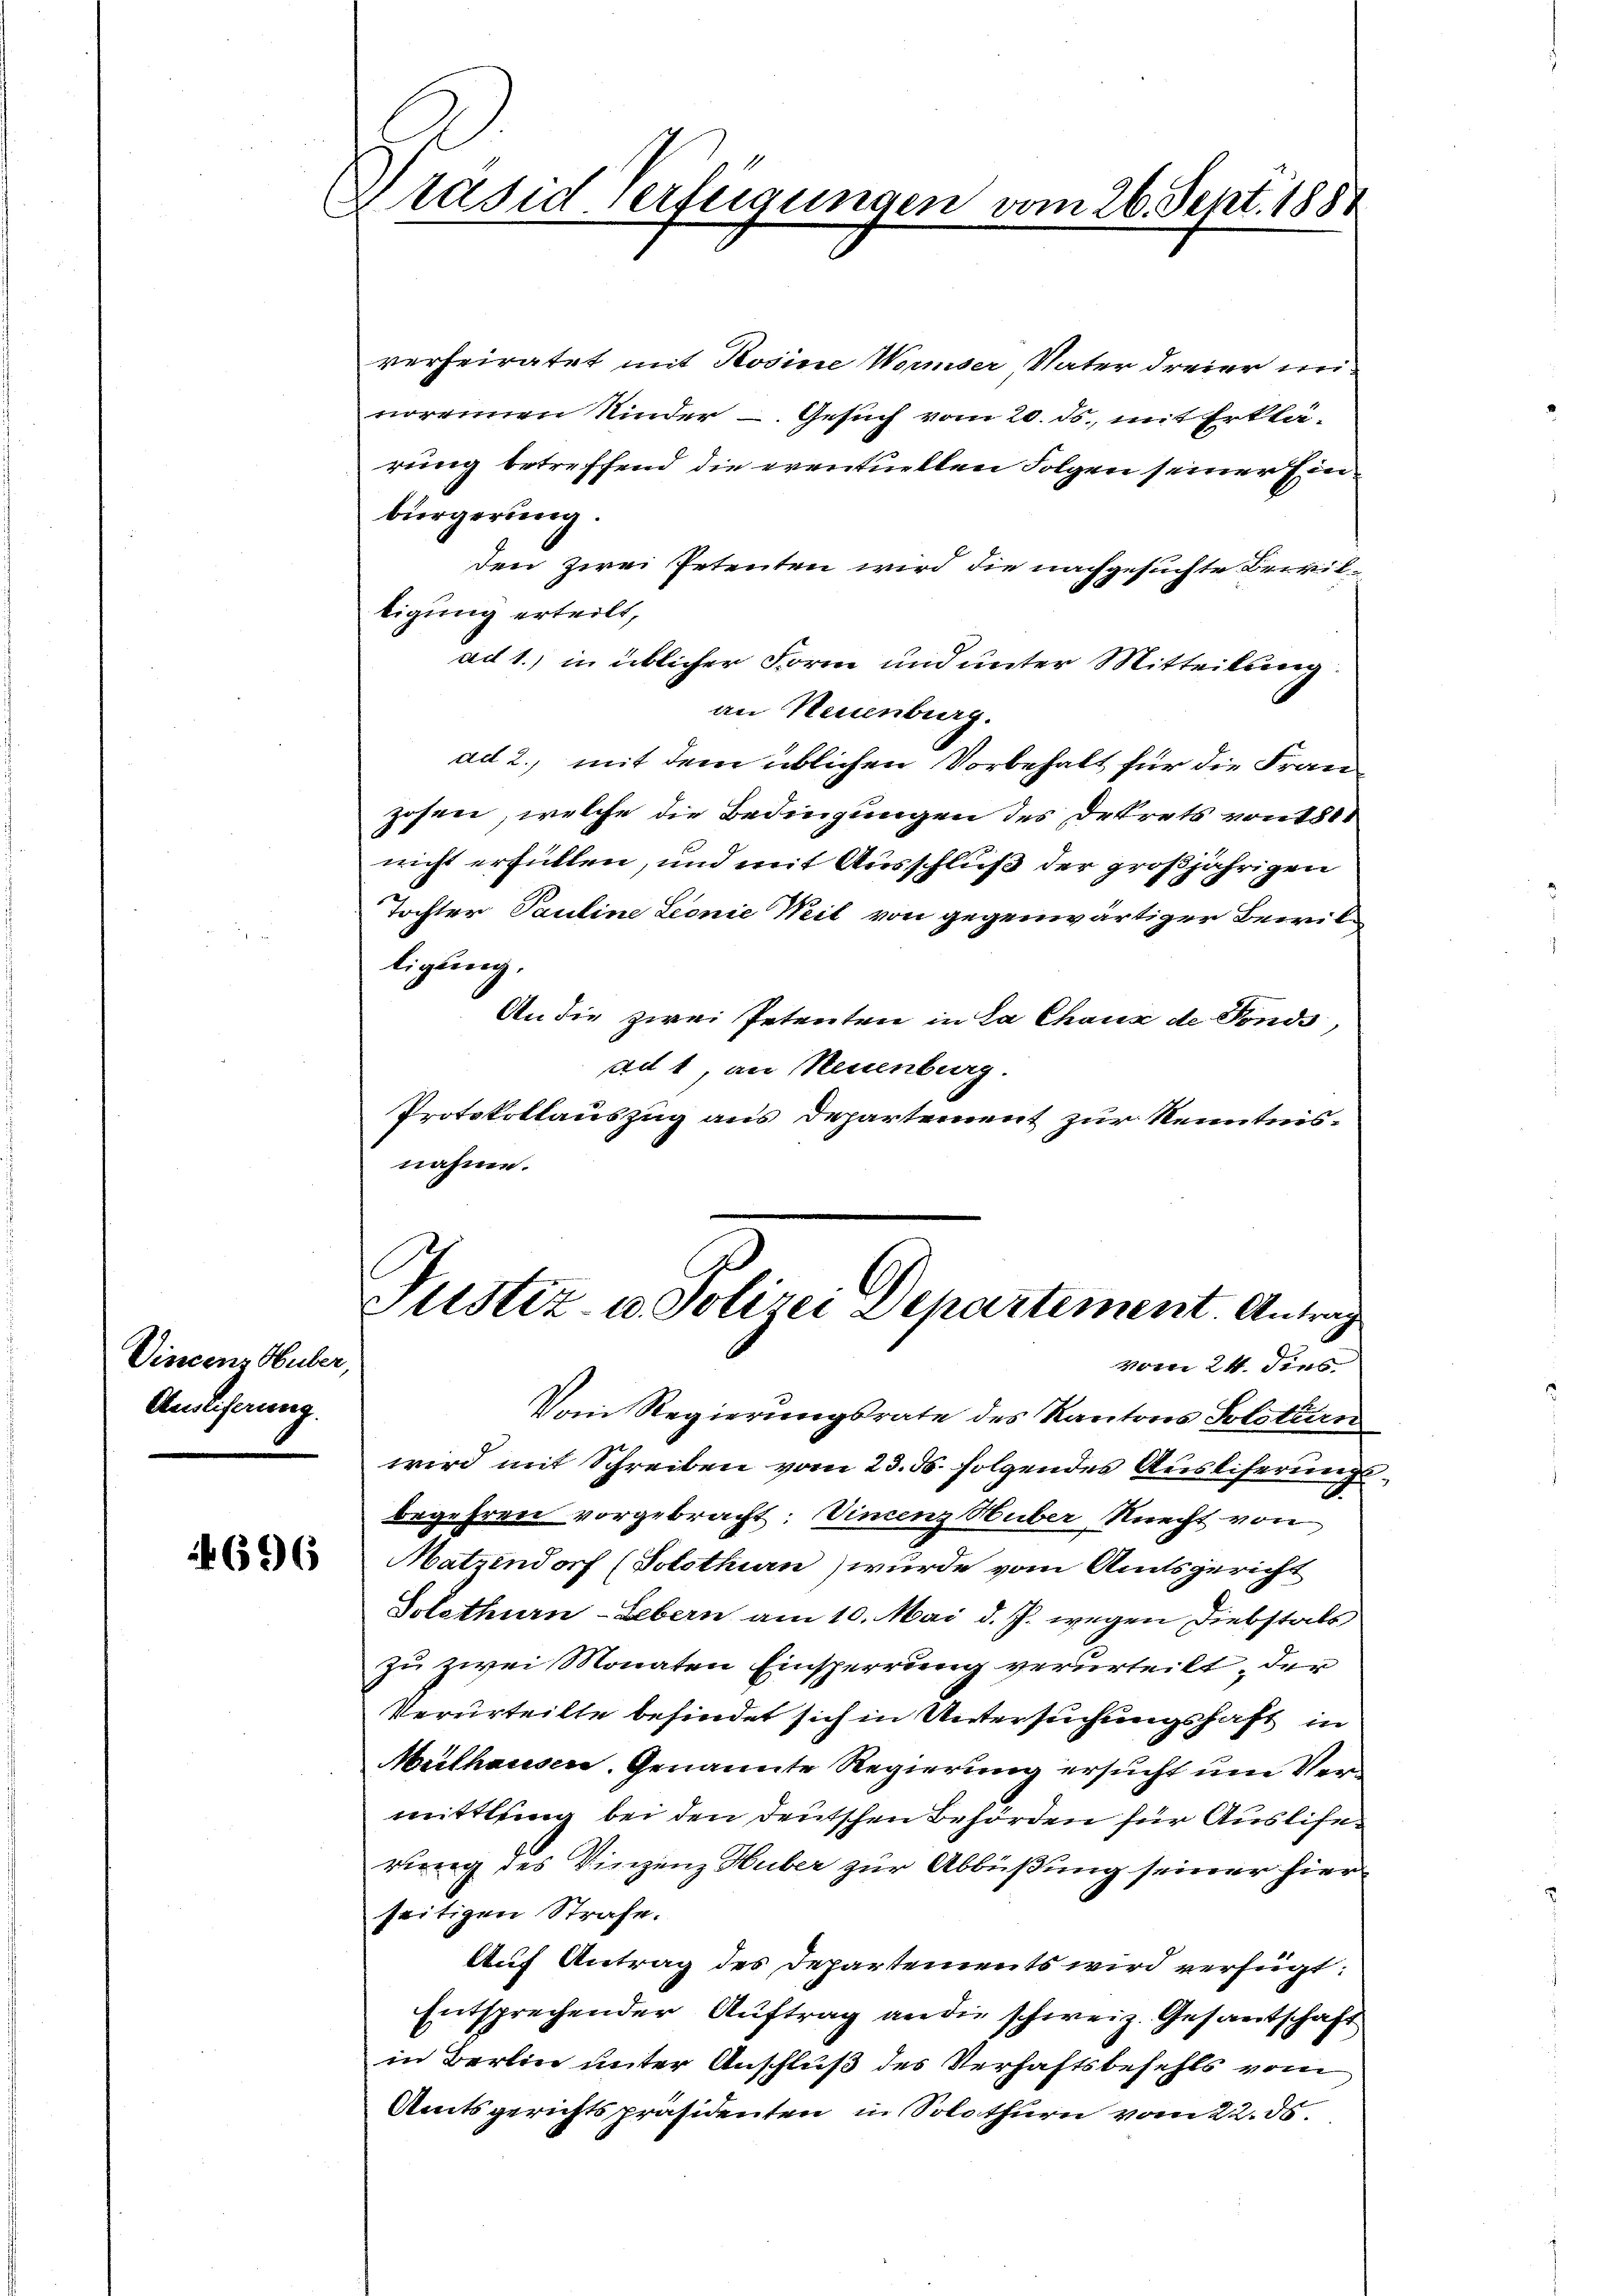
Vincenz Huber,
Auseiferung

696

Präsid verfeigungen vom 26. Sept. 1881

verheiratet mit Rosine Waiser Vater dreier weinoreinen Kinder - Gesuch vom 20. ds., mit Erklä-
rung betreffend die eventuellen Folgen seiner Einbürgerung.
den zwei Petenten wird die nachgesuchte Bewiltigung erteilt,
ad 1., in üblicher Form und unter Mitteilung
an Neuenburg.
ad 2., mit dem üblichen Vorbehalt für die Franzosen, welche die Bedingungen des Dekrets von 180
nicht erfüllen, und mit Ausschluß der großjährigen
Tochter Pauline Leonie Weil von gegenwärtiger Bewilligung.
An die zwei Petenten in La Chaux de Fonds,
ad 1, an Neuenburg.
Protokollauszug aus Departement zur Kenntnisnahme.

Justiz- u. Polizei Departement. Antrag
vom 24. dies

Vom Regierungsrate des Kantons Polstern
wird mit Schreiben vom 23. ds. folgendes Ausliserungsbegehren vorgebracht: Vincenz Huber Knecht von
Natzendorf (Solothurn) wurde vom Amtsgericht
Solothurn-Lebern am 10. Mai d. J. wegen Diebstals
zu zwei Monaten Einsperrung verurteilt, der
Verurteilte befindet sich in Untersuchungshaft in
Mithausen. Genannte Regierung ersucht um Vermittlung bei den Deutschen Behörden für Auslierung des Vinzenz Huber zur Abbüßung seiner hier
seitigen Strafe.
Auf Antrag des Departements wird verfügt:
Entsprechender Auftrag an die schweiz. Gesantschaft
in Berlin unter Anschluß des Verhaftsbefehls vom
Amtsgerichtspräsidenten in Solothurn vom 22. ds.